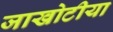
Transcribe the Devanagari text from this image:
जाखोटीया